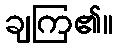
ချကြ၏။